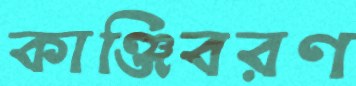
কাঞ্জিবরণ